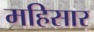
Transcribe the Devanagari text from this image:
महिसार